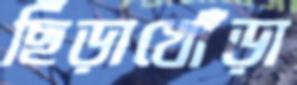
ছিঁড়াখোঁড়া